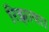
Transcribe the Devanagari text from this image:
रिझाया।